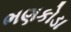
ભણકોડા